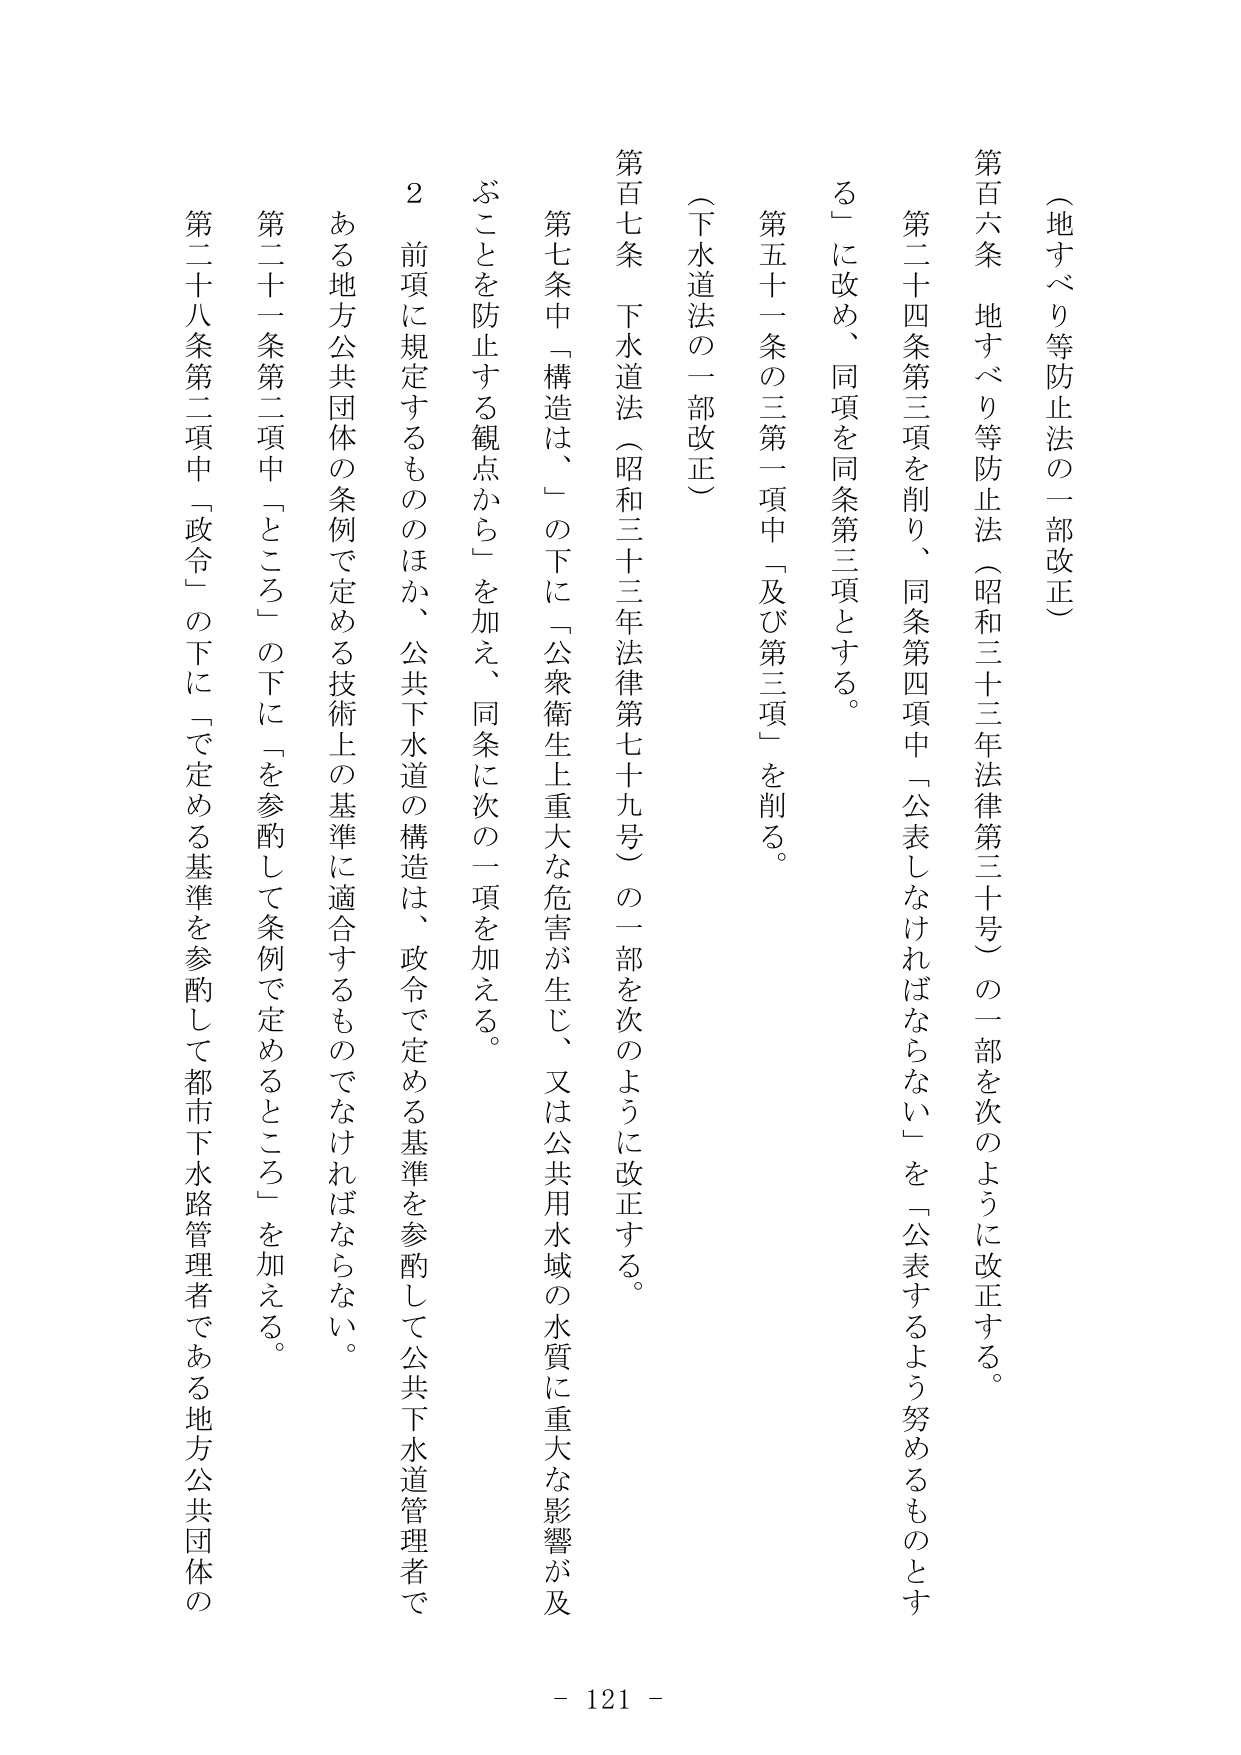
（地すべり等防止法の一部改正）

第百六条　地すべり等防止法（昭和三十三年法律第三十号）の一部を次のように改正する。

第二十四条第三項を削り、同条第四項中「公表しなければならない」を「公表するよう努めるものとする」に改め、同項を同条第三項とする。

第五十一条の三第一項中「及び第三項」を削る。

（下水道法の一部改正）

第百七条　下水道法（昭和三十三年法律第七十九号）の一部を次のように改正する。

第七条中「構造は、」の下に「公衆衛生上重大な危害が生じ、又は公共用水域の水質に重大な影響が及ぶことを防止する観点から」を加え、同条に次の一項を加える。

２　前項に規定するもののほか、公共下水道の構造は、政令で定める基準を参酌して公共下水道管理者である地方公共団体の条例で定める技術上の基準に適合するものでなければならない。

第二十一条第二項中「ところ」の下に「を参酌して条例で定めるところ」を加える。

第二十八条第二項中「政令」の下に「で定める基準を参酌して都市下水路管理者である地方公共団体の

- 121 -